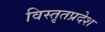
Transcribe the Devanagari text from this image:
विस्तृतप्रदेश